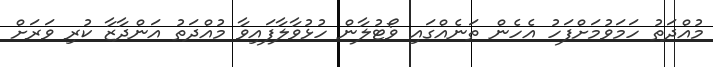
މުއްދަތު ހަމަވުމަށްފަހު އެހެން ތަނެއްގައި ވޯޓުލާން ހުޅުވާލާފައިވާ މުއްދަތު އަންދާޒާ ކުރި ވަރަށް